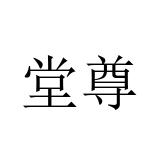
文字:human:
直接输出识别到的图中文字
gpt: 堂尊